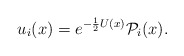
\begin{align*}u_i(x)=e^{-{1\over 2}U(x)}{\cal P}_i(x).\end{align*}